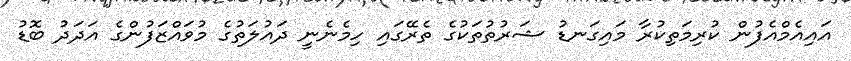
އައިއެމްއެފުން ކުރިމަތިކުރާ މައިގަނޑު ޝަރުތުތަކުގެ ތެރޭގައި ހިމެނެނީ ދައުލަތުގެ މުވައްޒަފުންގެ އަދަދު ބޮޑު